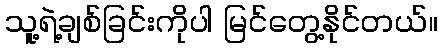
သူ့ရဲ့ချစ်ခြင်းကိုပါ မြင်တွေ့နိုင်တယ်။